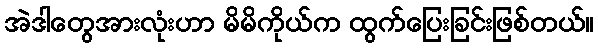
အဲဒါတွေအားလုံးဟာ မိမိကိုယ်က ထွက်ပြေးခြင်းဖြစ်တယ်။